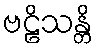
ဗဠိသန္တိ